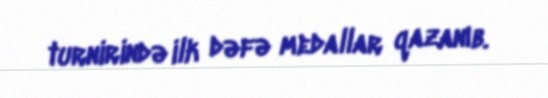
turnirində ilk dəfə medallar qazanıb.